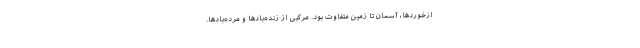
ازخوردها، آسمان تا زمین متفاوت بود. مرکّبی از زنده‌بادها و مرده‌بادها.